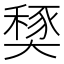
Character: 𡙾